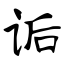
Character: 诟